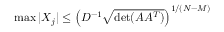
\operatorname* { m a x } | X _ { j } | \leq \left( D ^ { - 1 } { \sqrt { \operatorname* { d e t } ( A A ^ { T } ) } } \right) ^ { 1 / ( N - M ) }